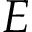
E